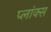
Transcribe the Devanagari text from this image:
प्लांक्स